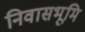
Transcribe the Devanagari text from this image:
निवासभूमि